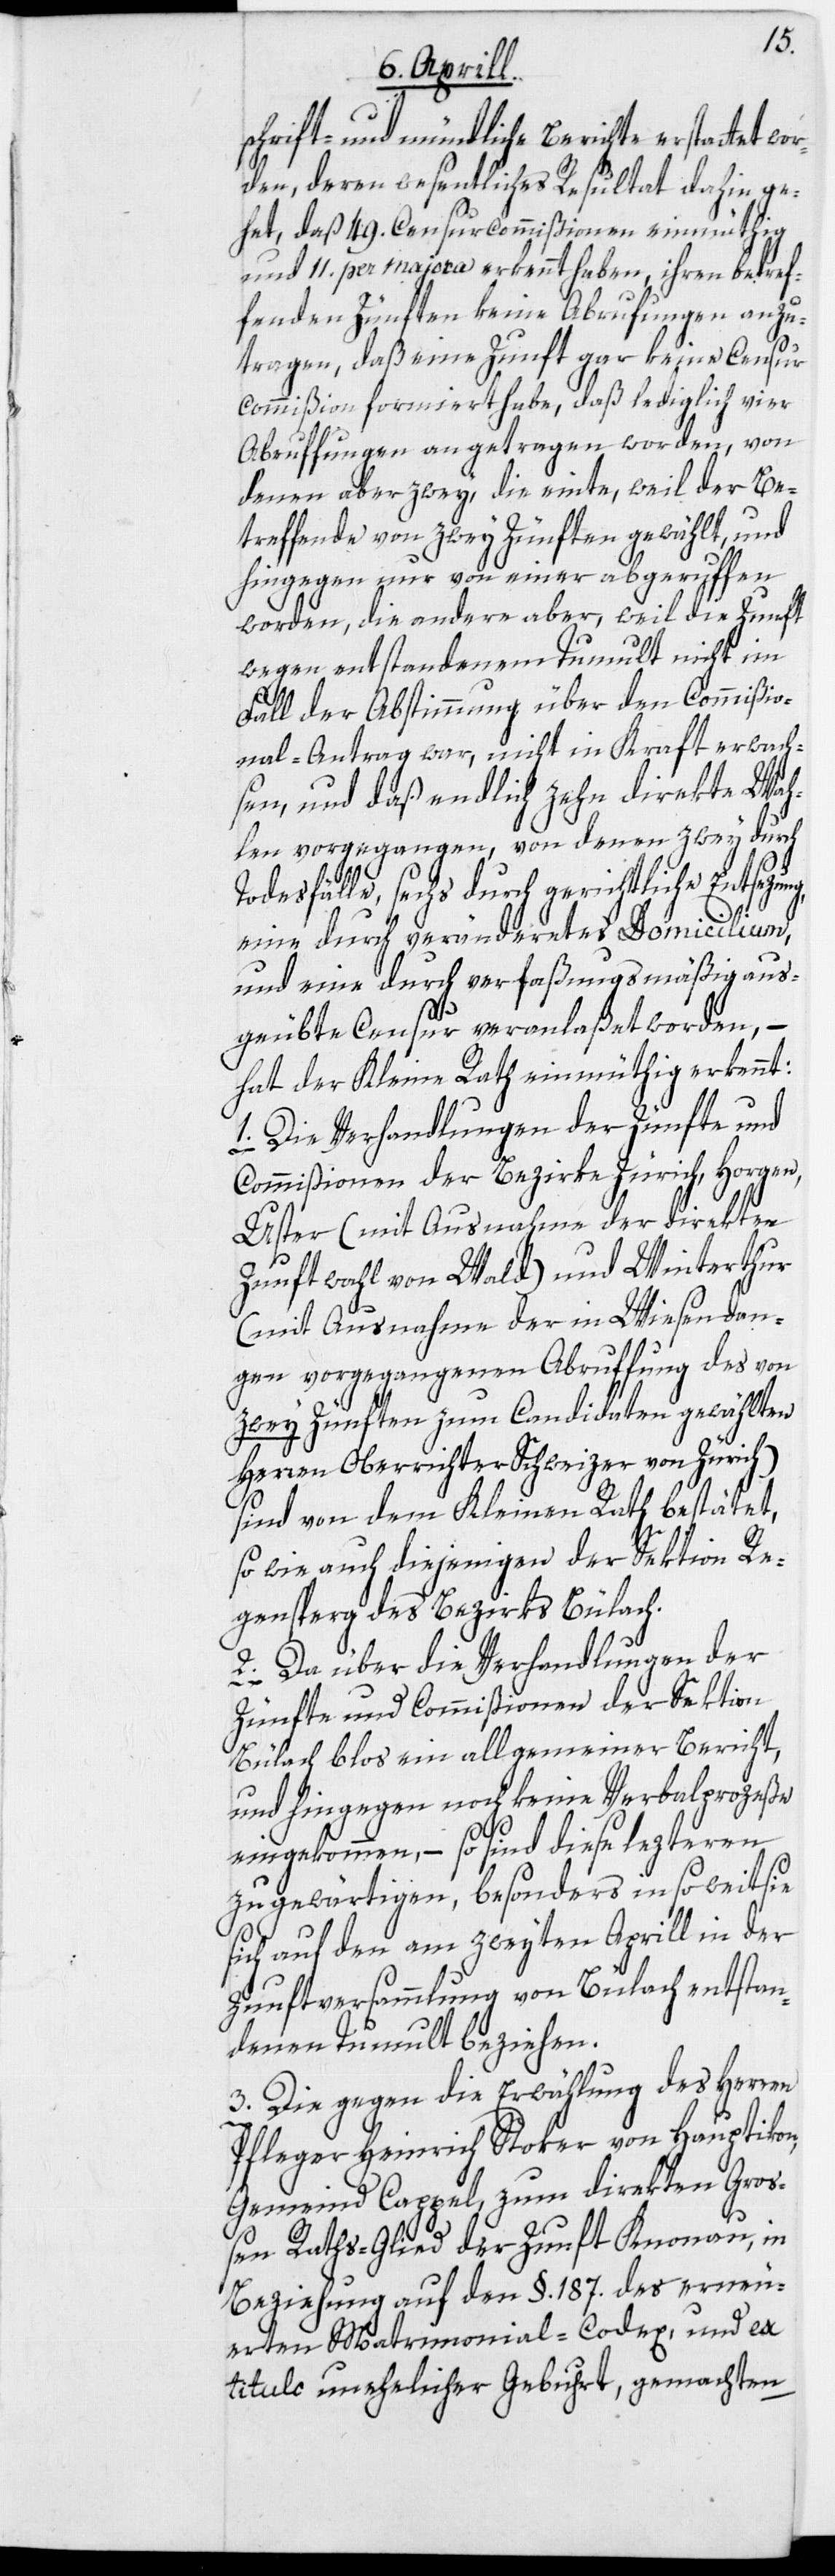
schrift- und mündliche Berichte erstattet wor¬
den, deren wesentliches Resultat dahin ge¬
het, daß 49. Censurcommißionen einmüthig
und 11. per majora erkennt haben, ihren betref¬
fenden Zünften keine Abrufungen anzu¬
tragen, daß eine Zunft gar keine Censu¬
r-Commißion formiert habe, daß lediglich vier
Abruffungen angetragen worden, von
denen aber zwey, die einte, weil der Be¬
treffende von zwey Zünften gewählt, und
hingegen nur von einer abgeruffen
worden, die andere aber, weil die Zunft
wegen entstandenem Tumult nicht im
Fall der Abstimmung über den Commißio¬
nal-Antrag war, nicht in Kraft erwach¬
sen, und daß endlich zehn direkte Wah¬
len vorgegangen, von denen zwey durch
t,
Todesfälle, sechs durch gerichtliche Entsezung,
eine durch verändertes Domicilium,
und eine durch verfaßungsmäßig aus¬
g]e¬
geübte Censur veranlaßet worden, –
hat der Kleine Rath einmüthig erkennt:
1. Die Verhandlungen der Zünfte und
Commißionen der Bezirke Zürich, Horgen,
Uster (mit Ausnahme der direkten
Zunftwahl von Wald) und Winterthur
(mit Ausnahme der in Wiesendan¬
gen vorgegangenen Abruffung des von
zwey Zünften zum Candidaten gewählten
Herren Oberrichter Schweizer von Zürich)
sind von dem Kleinen Rath bestät[i¬
so wie auch diejenigen der Sektion Re¬
gensperg des Bezirks Bülach.
2. Da über die Verhandlungen der
Zünfte und Commißionen der Sektion
Bülach blos ein allgemeiner Bericht,
und hingegen noch keine Verbalprozeße
eingekommen, – so sind diese lezteren
zu gewärtigen, besonders in so weit sie
sich auf den am zweyten Aprill in der
Zunftversammlung von Bülach entstan¬
denen Tumult beziehen.
3. Die gegen die Erwählung des Herren
Pfleger Heinrich Stoker von Hauptikon,
Gemeind Cappel, zum direkten Gro¬
ßen Raths-Glied der Zunft Knonau, in
Beziehung auf den §. 187. des erneu¬
erten Matrimonial-Codex, und ex
titulo unehelicher Geburt, gemachten